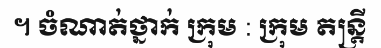
។ ចំណាត់ថ្នាក់ ក្រុម : ក្រុម តន្ត្រី